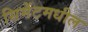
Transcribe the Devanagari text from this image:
सिमेंटमधील